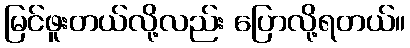
မြင်ဖူးတယ်လို့လည်း ပြောလို့ရတယ်။